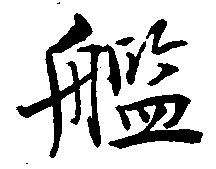
艦